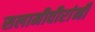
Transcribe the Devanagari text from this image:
सलामीवीरांनी